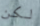
لكن